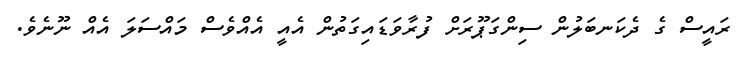
ރައީސް ގެ ދެކަނބަލުން ސިންގަޕޫރަށް ފުރާވަޑައިގަތުން އެއީ އެއްވެސް މައްސަލަ އެއް ނޫނެވެ.